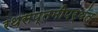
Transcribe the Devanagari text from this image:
रथसप्तमीपर्यंत